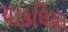
ચાકલિયા